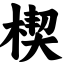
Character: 楔